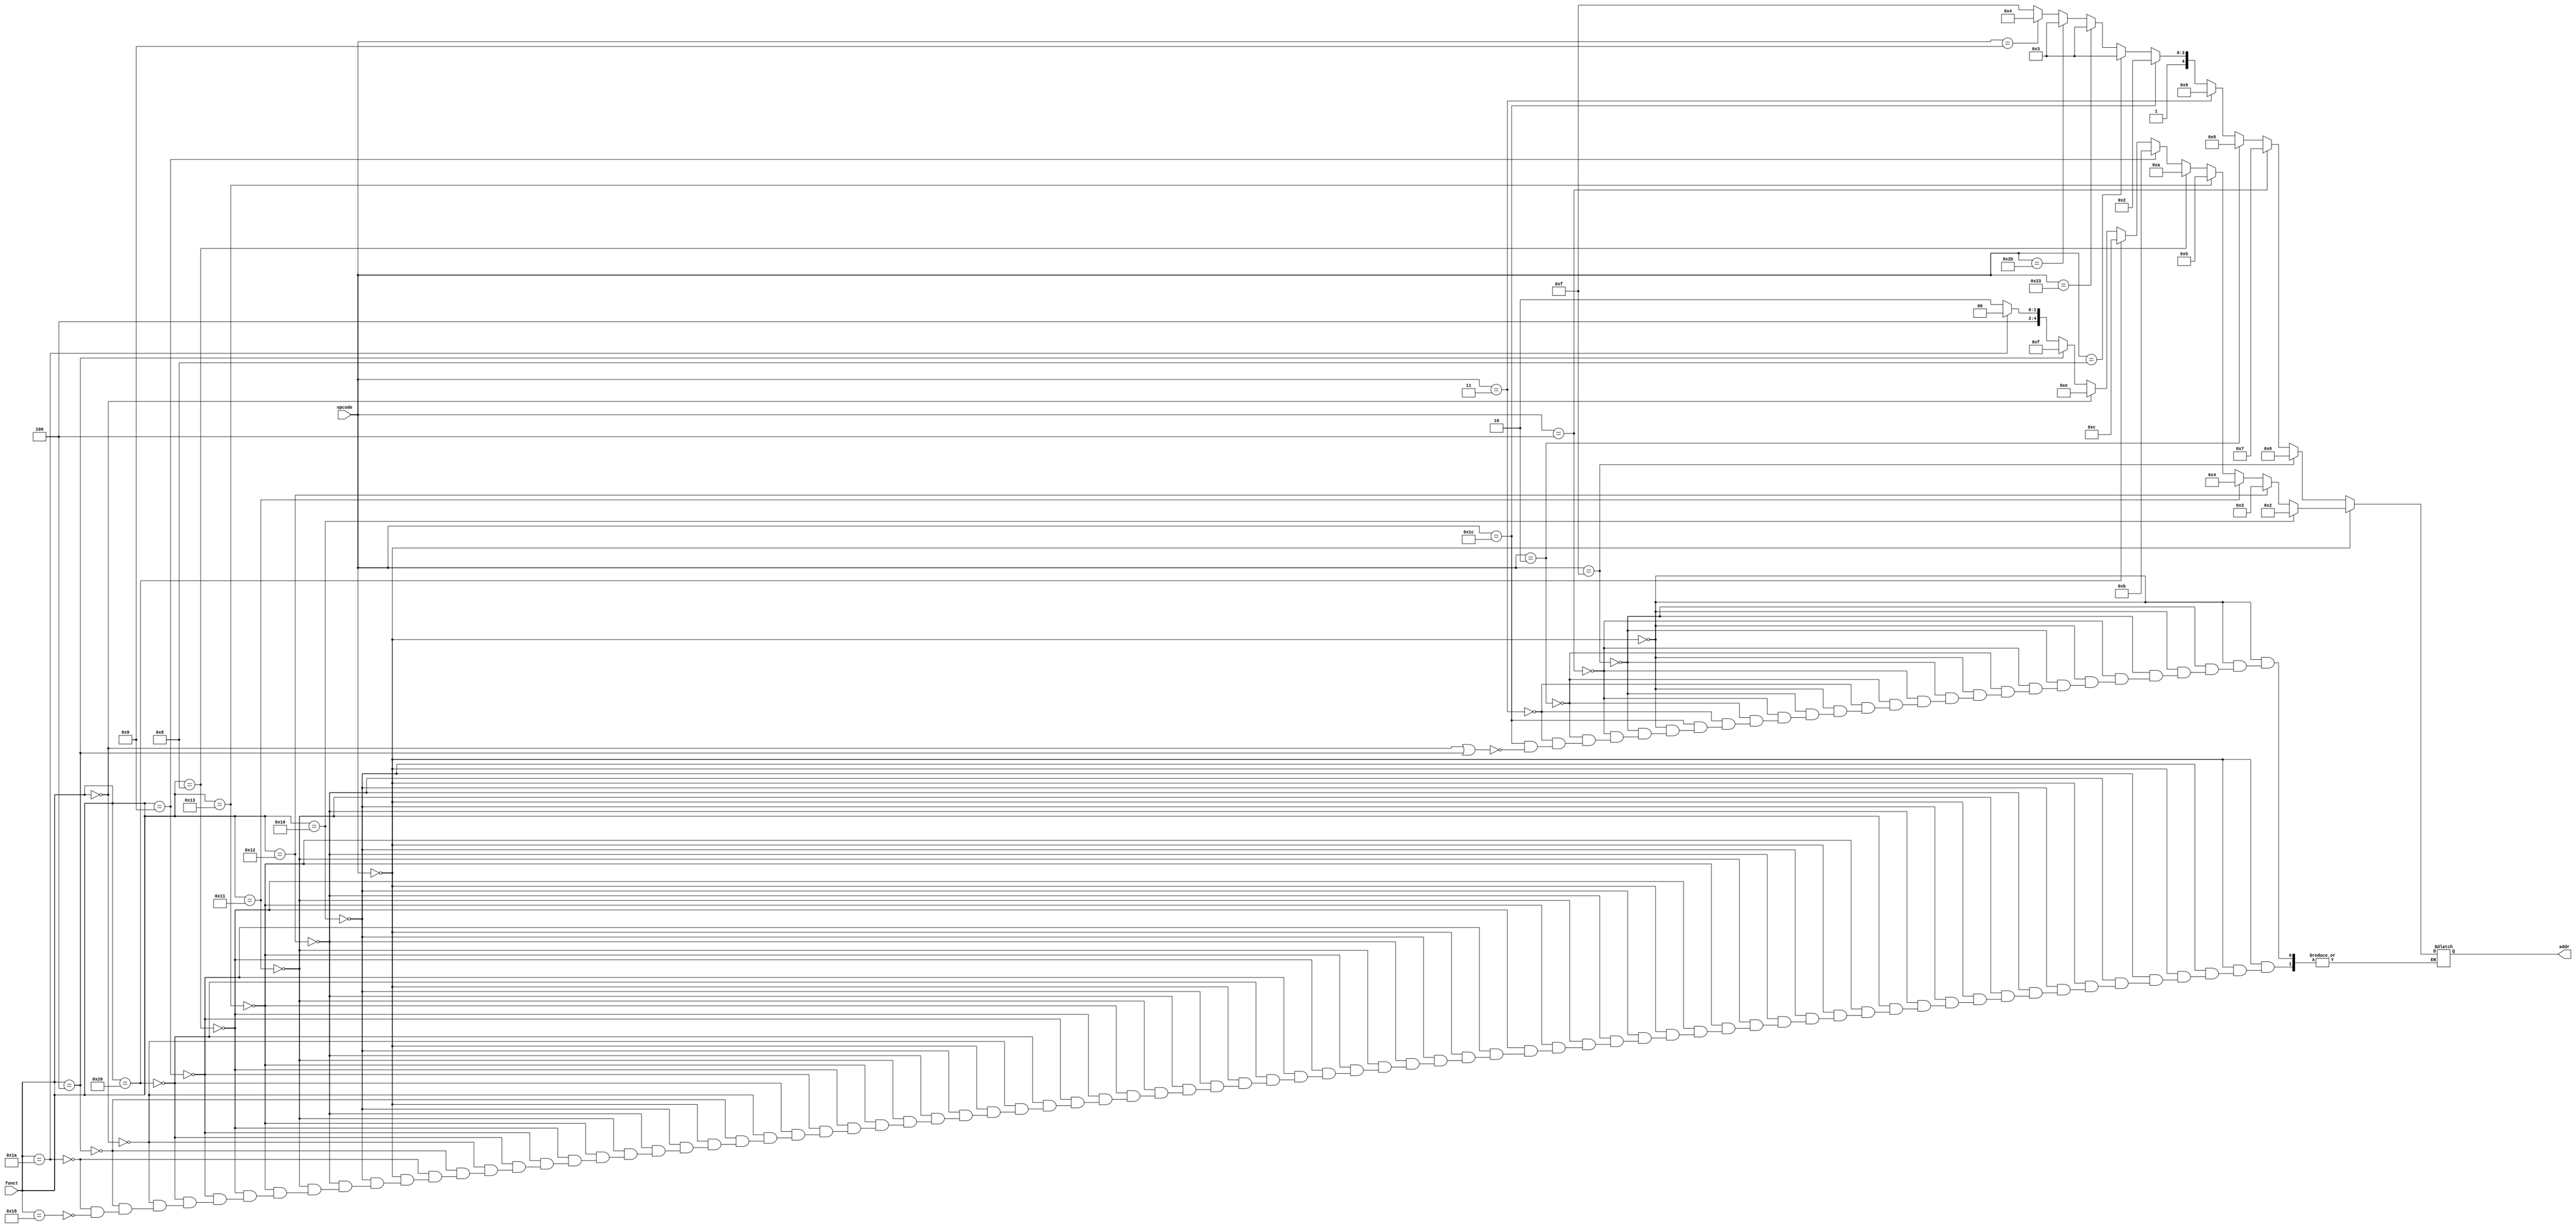
module DT1(opcode,funct,addr);

input [5:0] opcode;
input [5:0] funct;
//input [2:0] of;

output [4:0] addr;
reg [4:0] addr;

always @(*) begin

if(opcode==6'b000000)	
		begin
		
			if(funct==6'b010000)//mfhi
			begin
				
				addr=5'b00010;

			end	
			else if(funct==6'b010010)//mflo
			begin

				addr=5'b00011;
				

			end	
			else if(funct==6'b010001)//mthi
			begin

				addr=5'b00100;//4

			end	
			else if(funct==6'b010011)//mtlo
			begin
				
				addr=5'b00101;//5
				
			end	
			else if(funct==6'b001000)//jr
			begin
		
		
				addr=5'b01010;//10
		
			end
			else if(funct==6'b001001)//jalr
			begin
		
				addr=5'b01011;//11
			
		
			end
			else if(funct==6'b100000)//Add
			begin

				// if(of==3'b001)
					// addr=5'b11110;
				// else
					addr=5'b01100;//12
			end
			else if(funct==6'b000000)//sll
			begin
				
				addr=5'b01110;					//13-->14

			end		
			else if(funct==6'b000100)//sllv
			begin
			
				addr=5'b01111;					//14-->15

			end	
			else if(funct==6'b011010)//Div
			begin

				addr=5'b10000;					//15-->16
			
			end
			else if(funct==6'b011000)//Mul
			begin
               
				addr=5'b10010;					//16-->18
			

			end
			

		end
		else if(opcode==6'b001111)//lui
		begin
		
			addr=5'b00110;//6
		
		end	
		else if(opcode==6'b000100)//beq
		begin
			addr=5'b00111;//7
		end
		else if(opcode==6'b000010)//j
		begin
		
			addr=5'b01000;//8
	
		end
		else if(opcode==6'b000011)//jal
		begin
		
			addr=5'b01001;//9
		
		end
		else if(opcode==6'b011100)//madd and msub
		begin
		
			if(funct==6'b000000 || funct==6'b000100)
			begin

				addr=5'b10010;					//16-->18

			end
		
		end
		else if(opcode==6'b001000)//addi	
		begin

			addr=5'b10011;						//17-->19
		end
		else if(opcode==6'b100011)//lw
		begin

			addr=5'b10011;						//17-->19
		
		end
		else if(opcode==6'b101011)//sw
		begin
	
			addr=5'b10011;						//17-->19
		end
		else if(opcode==6'b001001)//ori	
		begin
			addr=5'b10100;						//18--20
		end	
		else
		begin
			addr=5'b11111;
		end

end

endmodule